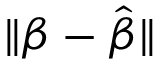
\| { \boldsymbol { \beta } } - { \hat { \boldsymbol { \beta } } } \|